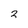
Character: 3